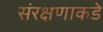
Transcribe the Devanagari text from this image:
संरक्षणाकडे